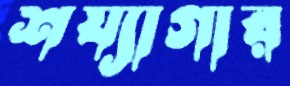
শয্যাগার